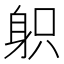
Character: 𨈪